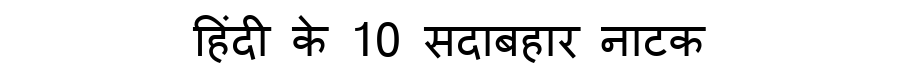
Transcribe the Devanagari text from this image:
हिंदी के 10 सदाबहार नाटक